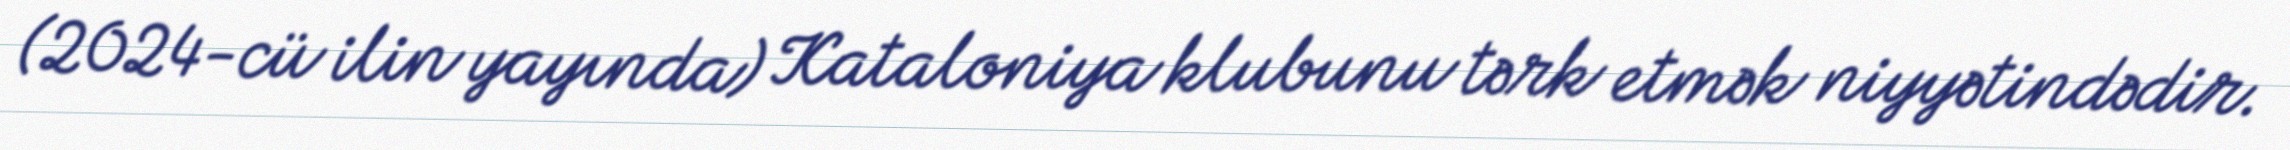
(2024-cü ilin yayında) Kataloniya klubunu tərk etmək niyyətindədir.